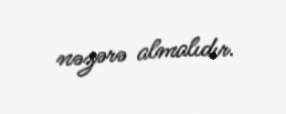
nəzərə almalıdır.